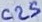
Text: C25